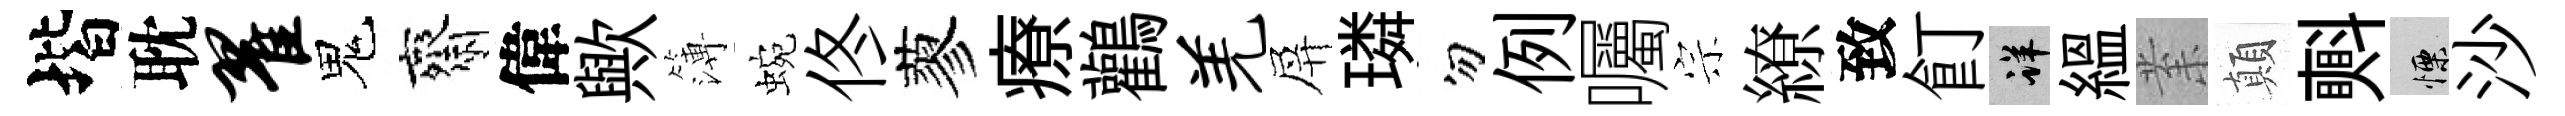
堦耽翟鬼齋偉歟簿蜿佟蓼療鸛羌屏璘勿例囑宗繚致飣详緼𭪙顛㪺慄沙